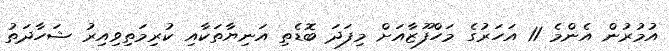
އުމުރުން އެންމެ 11 އަހަރުގެ މަހްފޫޒާއަށް މިފަދަ ބޮޑެތި އަނިޔާތަކާއި ކުރިމަތިވިއިރު ޝަހާދަތު